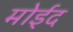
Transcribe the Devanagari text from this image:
मोईद